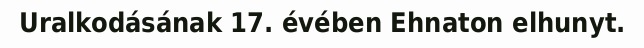
Uralkodásának 17. évében Ehnaton elhunyt.